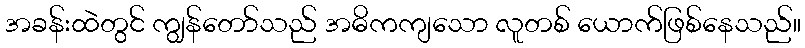
အခန်းထဲတွင် ကျွန်တော်သည် အဓိကကျသော လူတစ် ယောက်ဖြစ်နေသည်။